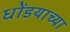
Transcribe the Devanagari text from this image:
धोंडयाच्या